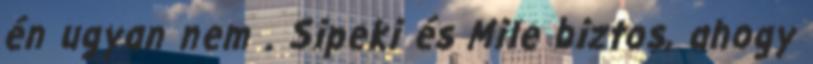
én ugyan nem . Sipeki és Mile biztos, ahogy